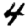
Digit: 4